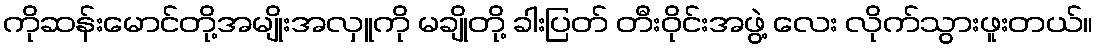
ကိုဆန်းမောင်တို့အမျိုးအလှူကို မချိုတို့ ခါးပြတ် တီးဝိုင်းအဖွဲ့ လေး လိုက်သွားဖူးတယ်။